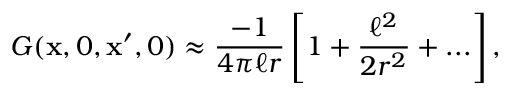
G ( { \bf x } , 0 , { \bf x } ^ { \prime } , 0 ) \approx { \frac { - 1 } { 4 \pi \ell r } } \left[ 1 + { \frac { \ell ^ { 2 } } { 2 r ^ { 2 } } } + . . . \right] ,